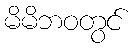
မိမိဘဝတွင်